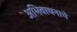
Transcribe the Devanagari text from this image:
अभिवाचनाचे